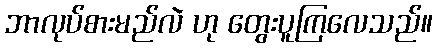
ဘာလုပ်စားမည်လဲ ဟု တွေးပူကြလေသည်။